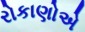
રોકાણોએ